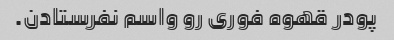
پودر قهوه فورى رو واسم نفرستادن.